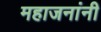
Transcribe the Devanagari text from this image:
महाजनांनी